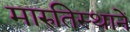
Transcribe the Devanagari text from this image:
मारुतिस्थानें